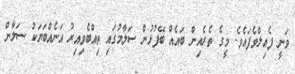
ވަނީ ފެއިލްވެފައެވެ. މީގެ ތެރެއިން ބައެއް ބޭފުޅުން ސަލާމުގައި ތިއްބެވިއިރު އަނެއްބަޔަކު ސަލާން